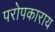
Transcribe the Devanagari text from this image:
परोपकाराय